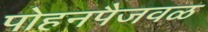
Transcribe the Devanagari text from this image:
पोहनपैजवळ